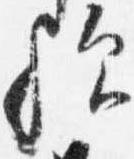
歟